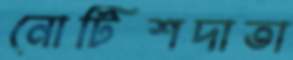
নোটিশদাতা